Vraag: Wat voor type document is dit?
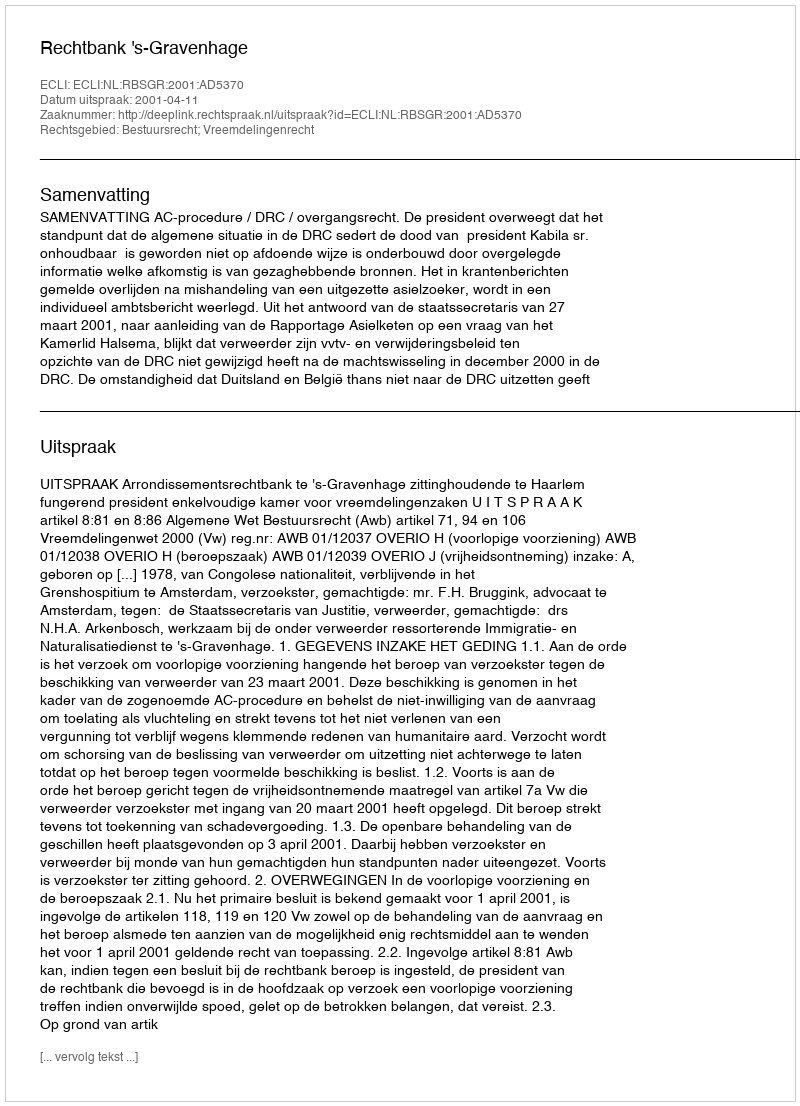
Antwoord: Uitspraak